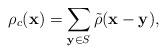
LaTeX: \begin{align*}\rho_c(\mathbf{x})=\sum_{\mathbf{y}\in S}\tilde{\rho}(\mathbf{x}-\mathbf{y}),\end{align*}